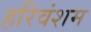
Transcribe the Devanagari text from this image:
हरिवंशम